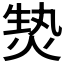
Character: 𱫚